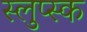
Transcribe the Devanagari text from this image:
स्लुप्स्क